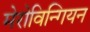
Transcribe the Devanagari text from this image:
मेरोविन्गियन